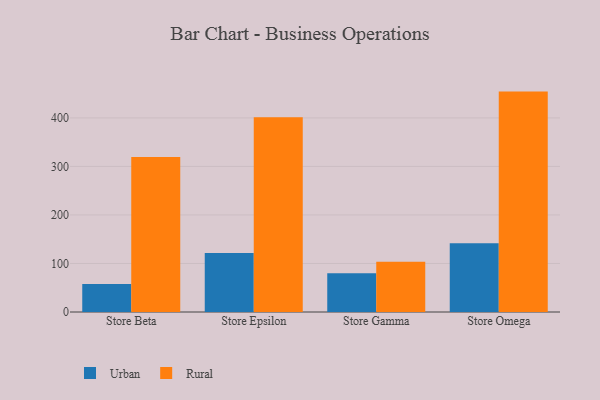
{"axis": {"x": "Store", "y": "Backlog"}, "legend": ["Rural", "Urban"], "data": [{"x": "Store Beta", "y": 57.7, "type": "Urban"}, {"x": "Store Beta", "y": 319.4, "type": "Rural"}, {"x": "Store Epsilon", "y": 121.5, "type": "Urban"}, {"x": "Store Epsilon", "y": 401.5, "type": "Rural"}, {"x": "Store Gamma", "y": 79.8, "type": "Urban"}, {"x": "Store Gamma", "y": 103.6, "type": "Rural"}, {"x": "Store Omega", "y": 141.6, "type": "Urban"}, {"x": "Store Omega", "y": 454.2, "type": "Rural"}]}